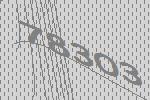
78303